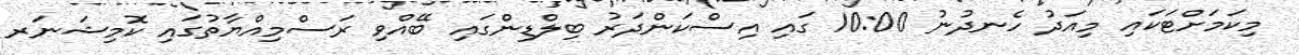
މިކަމަށްޓަކައި މިއަދު ހެނދުނު 10:00 ގައި އިސްކަންދަރު ބިލްޑިންގައި ބޭއްވި ރަސްމިއްޔާތުގައި ކޮމިޝަނަރ